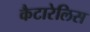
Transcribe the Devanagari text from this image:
कैटारेलिस